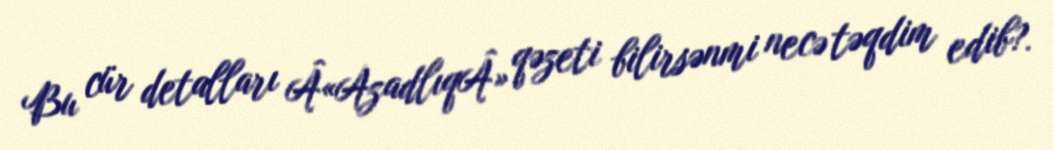
Bu cür detalları Â«AzadlıqÂ» qəzeti bilirsənmi necə təqdim edib?.